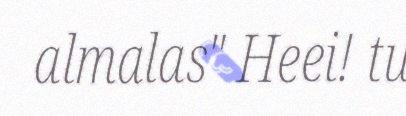
almalas" Heei! tu